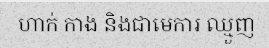
ហាក់ កាង និងជាមេការ ឈ្មួញ